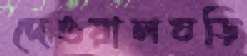
দেওয়ালঘড়ি